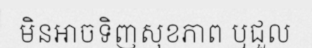
មិនអាចទិញសុខភាព ឬជួល